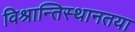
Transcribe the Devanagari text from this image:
विश्रान्तिस्थानतया